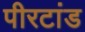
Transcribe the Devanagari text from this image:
पीरटांड